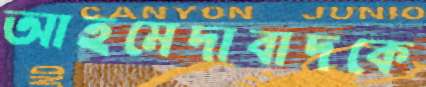
আহমেদাবাদকে